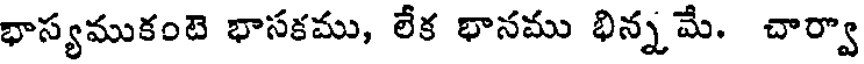
భాస్యముకంటె భాసకము, లేక భానము భిన్నమే. చార్వా